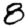
Digit: 8